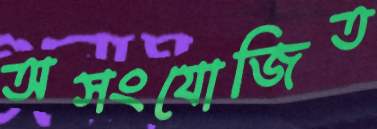
অসংযোজিত